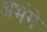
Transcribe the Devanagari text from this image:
अभंगे